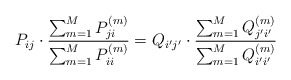
\begin{align*}P_{ij} \cdot \frac{\sum_{m=1}^MP^{(m)}_{ji}}{\sum_{m=1}^MP^{(m)}_{ii}} = Q_{i' j'} \cdot \frac{\sum_{m=1}^MQ^{(m)}_{j' i'}}{\sum_{m=1}^MQ^{(m)}_{i' i'}}\end{align*}